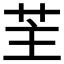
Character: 𦭦